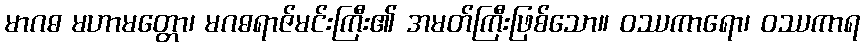
မာဂဓ မဟာမတ္တော၊ မဂဓရာဇ်မင်းကြီး၏ အမတ်ကြီးဖြစ်သော။ ဝဿကာရော၊ ဝဿကာရ